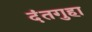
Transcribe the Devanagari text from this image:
दंतगुहा